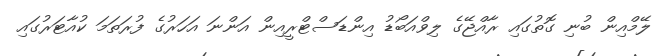
ލޭމްއިން ބުނި ގޮތުގައި ރާއްޖޭގެ ލިވްއަބޯޑު އިންޑަސްޓްރީއިން އަންނަ އަހަރުގެ ފުރަތަމަ ކުއާޓަރުގައި